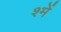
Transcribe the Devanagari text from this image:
श्में